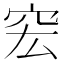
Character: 䆖